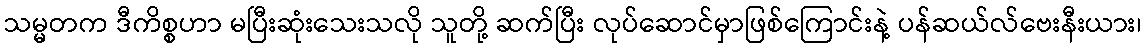
သမ္မတက ဒီကိစ္စဟာ မပြီးဆုံးသေးသလို သူတို့ ဆက်ပြီး လုပ်ဆောင်မှာဖြစ်ကြောင်းနဲ့ ပန်ဆယ်လ်ဗေးနီးယား၊